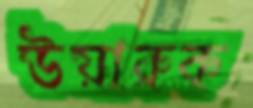
উয়ারুক